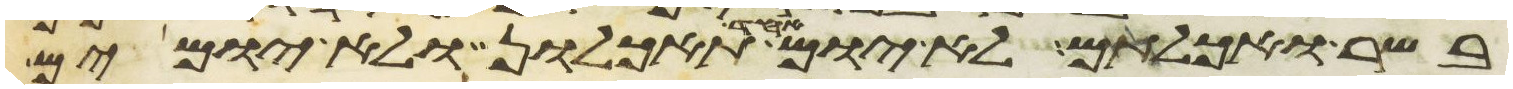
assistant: בשר ואכלתם לא יום אחד תאכלון ולא יומים